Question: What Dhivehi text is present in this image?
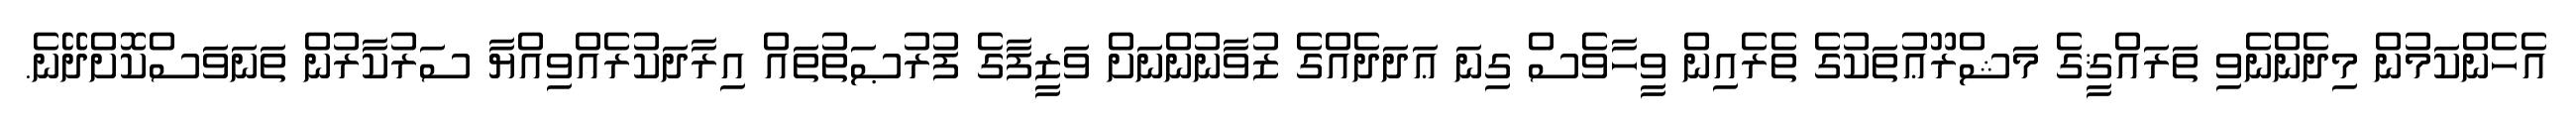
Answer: އެހެންކަމުން މިދެންނެވި ތަރައްޤީގެ މަޝްރޫޢުތަކުގެ ތެރެއިން ވީހާވެސް ގިނަ ޢަދަދެއްގެ ޒުވާނުންނަށް ވަޒީފާގެ ފުރުޞަތުތައް އިރާދަކުރެއްވިއްޔާ ސަރުކާރުން ތަނަވަސްކޮށްދޭނެ.